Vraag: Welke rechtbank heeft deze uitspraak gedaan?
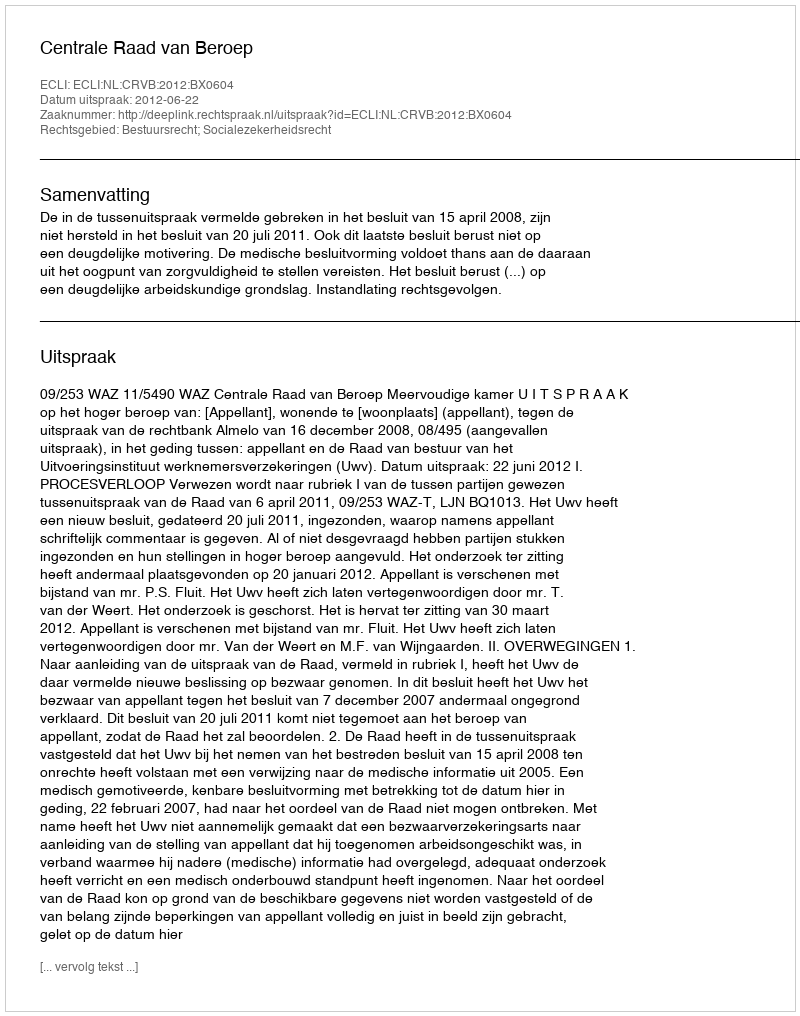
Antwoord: Centrale Raad van Beroep